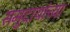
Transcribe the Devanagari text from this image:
समुदायांच्या